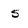
Character: s